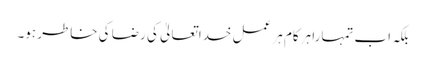
بلکہ اب تمہارا ہرکام ہر عمل خداتعالیٰ کی رضا کی خاطر ہو۔